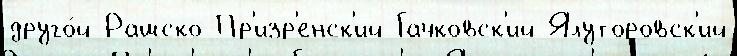
друго́й Рашско-Пр'изр'енск'ий Гачковск'ий Ялуторовск'ий